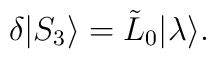
\delta |S_3 \rangle=\tilde{L}_0 {\mid}\lambda\rangle.